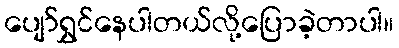
ပျော်ရွှင်နေပါတယ်လို့ပြောခဲ့တာပါ။